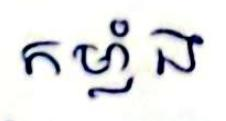
កម្លាំង